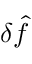
\delta \hat { f }